Problem: 7 × 2 = ?
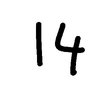
Handwritten answer: 14